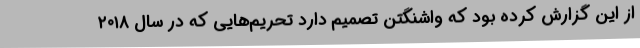
از این گزارش کرده بود که واشنگتن تصمیم دارد تحریم‌هایی که در سال ۲۰۱۸